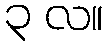
၃ လ။